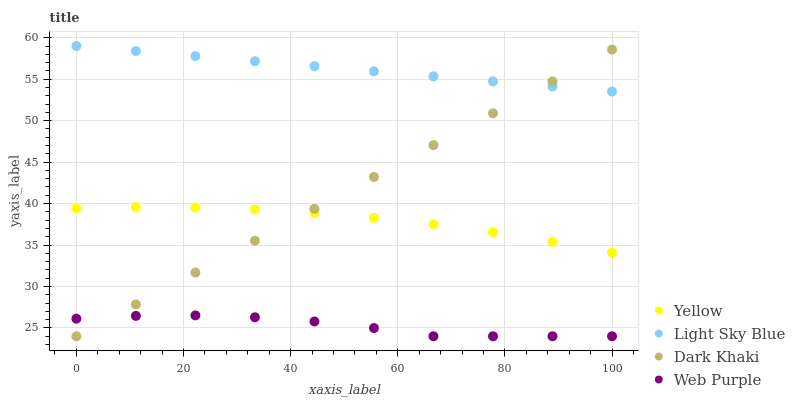
| xaxis_label | Yellow | Light Sky Blue | Dark Khaki | Web Purple |
 | --- | --- | --- | --- | --- |
 | 0 | 39.4 | 59 | 24 | 26.1 |
 | 11.1 | 39.6 | 58.4 | 27.8 | 26.5 |
 | 22.2 | 39.5 | 57.8 | 31.7 | 26.5 |
 | 33.3 | 39.3 | 57.2 | 35.5 | 26.3 |
 | 44.4 | 38.9 | 56.6 | 39.4 | 25.8 |
 | 55.6 | 38.3 | 56 | 43.2 | 25 |
 | 66.7 | 37.5 | 55.3 | 47 | 24 |
 | 77.8 | 36.5 | 54.7 | 50.9 | 24 |
 | 88.9 | 35.4 | 54.1 | 54.7 | 24 |
 | 100 | 34.1 | 53.5 | 58.6 | 24 |